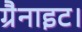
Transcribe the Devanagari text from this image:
ग्रैनाइट।